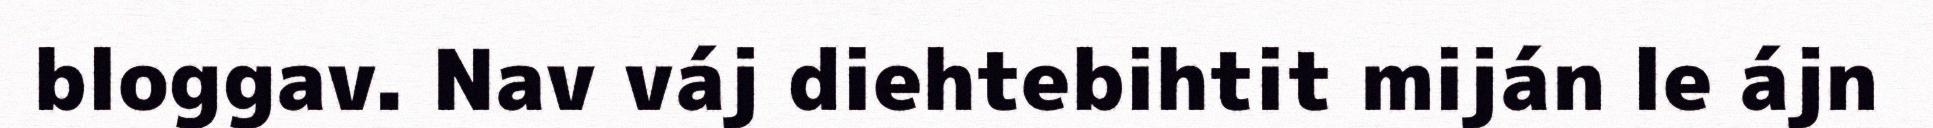
bloggav. Nav váj diehtebihtit miján le ájn